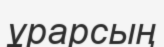
ұрарсың